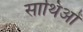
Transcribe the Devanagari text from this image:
साथिओं